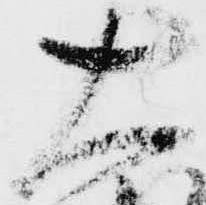
大